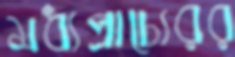
মধ্যপ্রাচ্যেরর